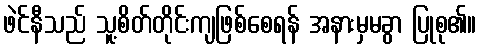
ဖဲင်နီသည် သူ့စိတ်တိုင်းကျဖြစ်စေရန် အနားမှမခွာ ပြုစု၏။